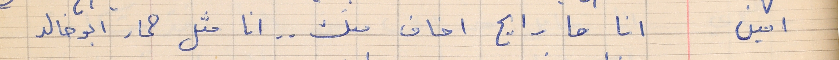
امين      انا ما رايح اخاف منك . . انا مثل حمار ابو خالد